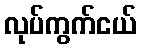
လုပ်ကွက်ငယ်